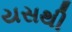
યસથી